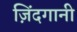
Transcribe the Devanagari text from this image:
ज़िंदगानी